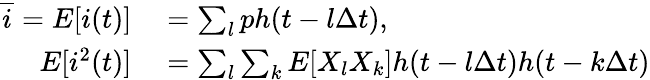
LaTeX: \begin{array}{rl}{\overline{{i}}=E[i(t)]}&{{}=\sum_{l}ph(t-l\Delta t),}\\ {E[i^{2}(t)]}&{{}=\sum_{l}\sum_{k}E[X_{l}X_{k}]h(t-l\Delta t)h(t-k\Delta t)}\end{array}